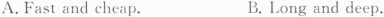
A. Fast and cheap. B. Long and deep.